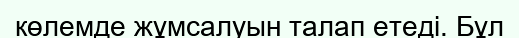
көлемде жұмсалуын талап етеді. Бұл